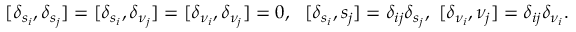
[ \delta _ { s _ { i } } , \delta _ { s _ { j } } ] = [ \delta _ { s _ { i } } , \delta _ { \nu _ { j } } ] = [ \delta _ { \nu _ { i } } , \delta _ { \nu _ { j } } ] = 0 , \, \, \ [ \delta _ { s _ { i } } , s _ { j } ] = \delta _ { i j } \delta _ { s _ { j } } , \, \, [ \delta _ { \nu _ { i } } , \nu _ { j } ] = \delta _ { i j } \delta _ { \nu _ { i } } .